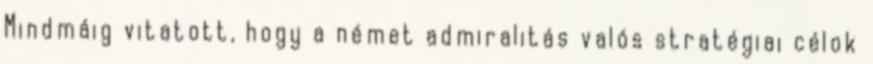
Mindmáig vitatott, hogy a német admiralitás valós stratégiai célok